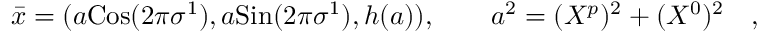
{ \bar { x } } = ( a \mathrm { C o s } ( 2 \pi \sigma ^ { 1 } ) , a \mathrm { S i n } ( 2 \pi \sigma ^ { 1 } ) , h ( a ) ) , \quad \quad a ^ { 2 } = ( X ^ { p } ) ^ { 2 } + ( X ^ { 0 } ) ^ { 2 } \quad ,